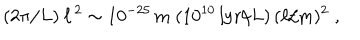
( 2 \pi / L ) \: \ell ^ { \, 2 } \sim 1 0 ^ { - 2 5 } \, \mathrm { m } \; ( 1 0 ^ { 1 0 } \, \mathrm { l y r } / L ) \, ( \ell / \mathrm { m } ) ^ { 2 } \; ,